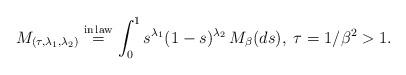
LaTeX: \begin{align*}M_{(\tau,\lambda_1,\lambda_2)} \overset{{\rm in \,law}}{=} \int_0^1 s^{\lambda_1} (1-s)^{\lambda_2} \,M_\beta(ds),\; \tau=1/\beta^2>1.\end{align*}